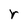
Character: r